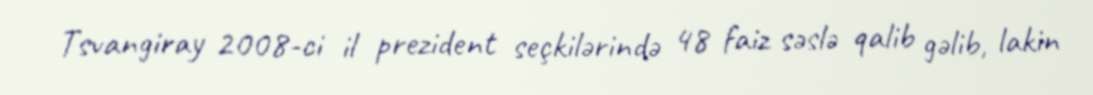
Tsvangiray 2008-ci il prezident seçkilərində 48 faiz səslə qalib gəlib, lakin